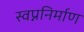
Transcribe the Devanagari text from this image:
स्वप्ननिर्माण